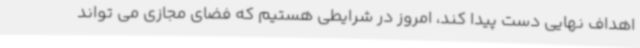
اهداف نهایی دست پیدا کند، امروز در شرایطی هستیم که فضای مجازی می تواند